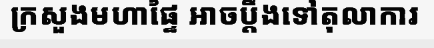
ក្រសួងមហាផ្ទៃ អាចប្តឹងទៅតុលាការ